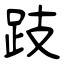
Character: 跂